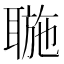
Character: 𦖮